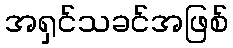
အရှင်သခင်အဖြစ်